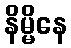
နိမ္မိနေ